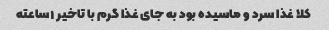
کلا غذا سرد و ماسیده بود به جای غذا گرم با تاخیر ۱ساعته